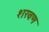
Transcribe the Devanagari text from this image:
शरवण